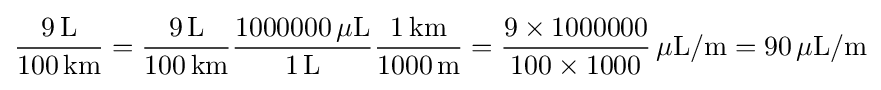
\mathrm {\frac {9\,{\rm {L}}}{100\,{\rm {km}}}} =\mathrm {\frac {9\,{\rm {L}}}{100\,{\rm {km}}}} \mathrm {\frac {1000000\,{\rm {\mu L}}}{1\,{\rm {L}}}} \mathrm {\frac {1\,{\rm {km}}}{1000\,{\rm {m}}}} ={\frac {9\times 1000000}{100\times 1000}}\,\mathrm {\mu L/m} =90\,\mathrm {\mu L/m}